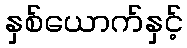
နှစ်ယောက်နှင့်